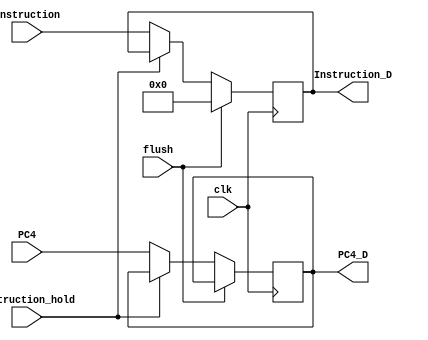
module IFID_Reg (Instruction , PC4 , clk , flush , Instruction_hold , PC4_D , Instruction_D);

input [31:0] Instruction , PC4 ;
input  clk , Instruction_hold , flush;

output reg [31:0] PC4_D , Instruction_D ;


always @ (posedge clk)
begin 

if (flush)
begin
Instruction_D <= 0;
end

else if(Instruction_hold == 1)
begin
PC4_D <= PC4_D ;
Instruction_D <= Instruction_D;
end

else
begin
#1 PC4_D <= PC4 ;
#1 Instruction_D <= Instruction;
end

end
endmodule